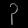
Digit: ၃